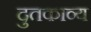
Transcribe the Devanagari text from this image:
दुतकाव्य